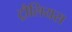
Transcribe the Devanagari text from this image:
ट्रौलियस